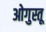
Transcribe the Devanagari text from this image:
ओगुस्तू